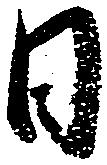
日